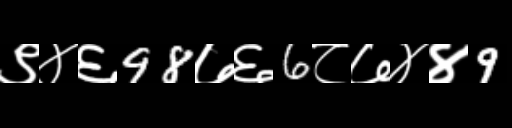
Text: ९४६98७६6८७४४9